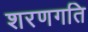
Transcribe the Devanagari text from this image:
शरणगति